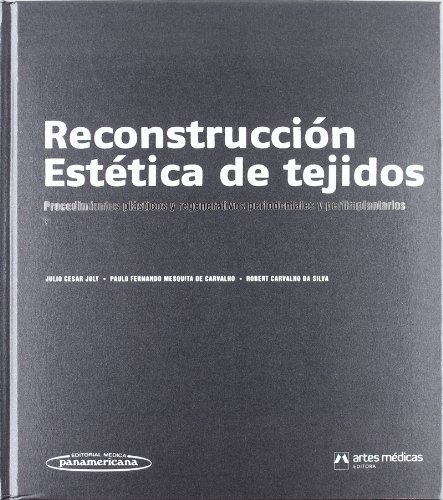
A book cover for Reconstruccion estetica de tejidos (Spanish Edition); Julio Cesar Joly; Medical Books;